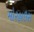
મોરહાઉસ